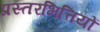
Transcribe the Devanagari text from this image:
प्रस्तरभित्तियों